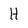
Character: H